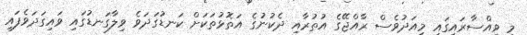
މި ވިއްސާރައިގައި މިއަދުވެސް ރާއްޖޭގެ އުތުރާއި ދެކުނުގެ އަތޮޅުތަކަށް ކަނޑުގަދަވެ ވިލާގަނޑުގައި ވައިގަދަވެފައި